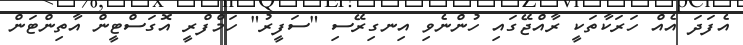
އެފަދަ އެއް ހަރަކާތަކީ ރާއްޖޭގައި ހުންނެވި އިނގިރޭސި "ސަފީރު" ހަމްފްރީ އޮގަސްޓީން އާތިންޓަން